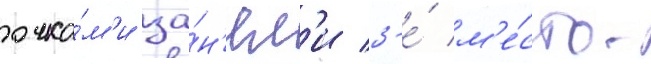
очка́м'и за́н'ял'и 3-е́ м'е́сто.